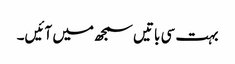
بہت سی باتیں سمجھ میں آئیں۔